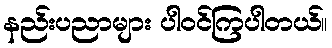
နည်းပညာများ ပါဝင်ကြပါတယ်။